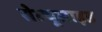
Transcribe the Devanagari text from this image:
सेल्यूलाइड